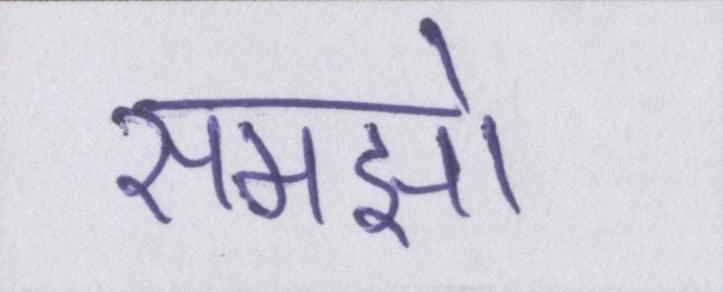
समझो